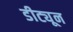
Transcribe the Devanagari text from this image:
डीट्यून